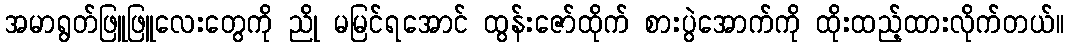
အမာရွတ်ဖြူဖြူလေးတွေကို ညို မမြင်ရအောင် ထွန်းဇော်ထိုက် စားပွဲအောက်ကို ထိုးထည့်ထားလိုက်တယ်။